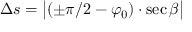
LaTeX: \Delta s = { \big | } ( \pm \pi / 2 - \varphi _ { 0 } ) \cdot \sec \beta { \big | }